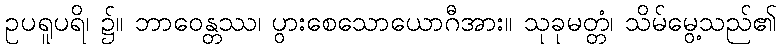
ဥပရူပရိ၊ ၌။ ဘာဝေန္တဿ၊ ပွားစေသောယောဂီအား။ သုခုမတ္တံ၊ သိမ်မွေ့သည်၏